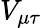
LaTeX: V_{\mu\tau}